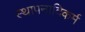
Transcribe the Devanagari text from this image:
स्थापनादिकर्म